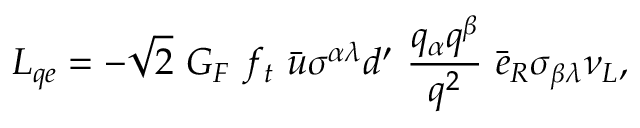
{ \cal { L } } _ { q e } = - \sqrt 2 ~ G _ { F } ~ f _ { t } ~ \bar { u } \sigma ^ { \alpha \lambda } d ^ { \prime } ~ { \frac { q _ { \alpha } q ^ { \beta } } { q ^ { 2 } } } ~ \bar { e } _ { R } \sigma _ { \beta \lambda } \nu _ { L } ,